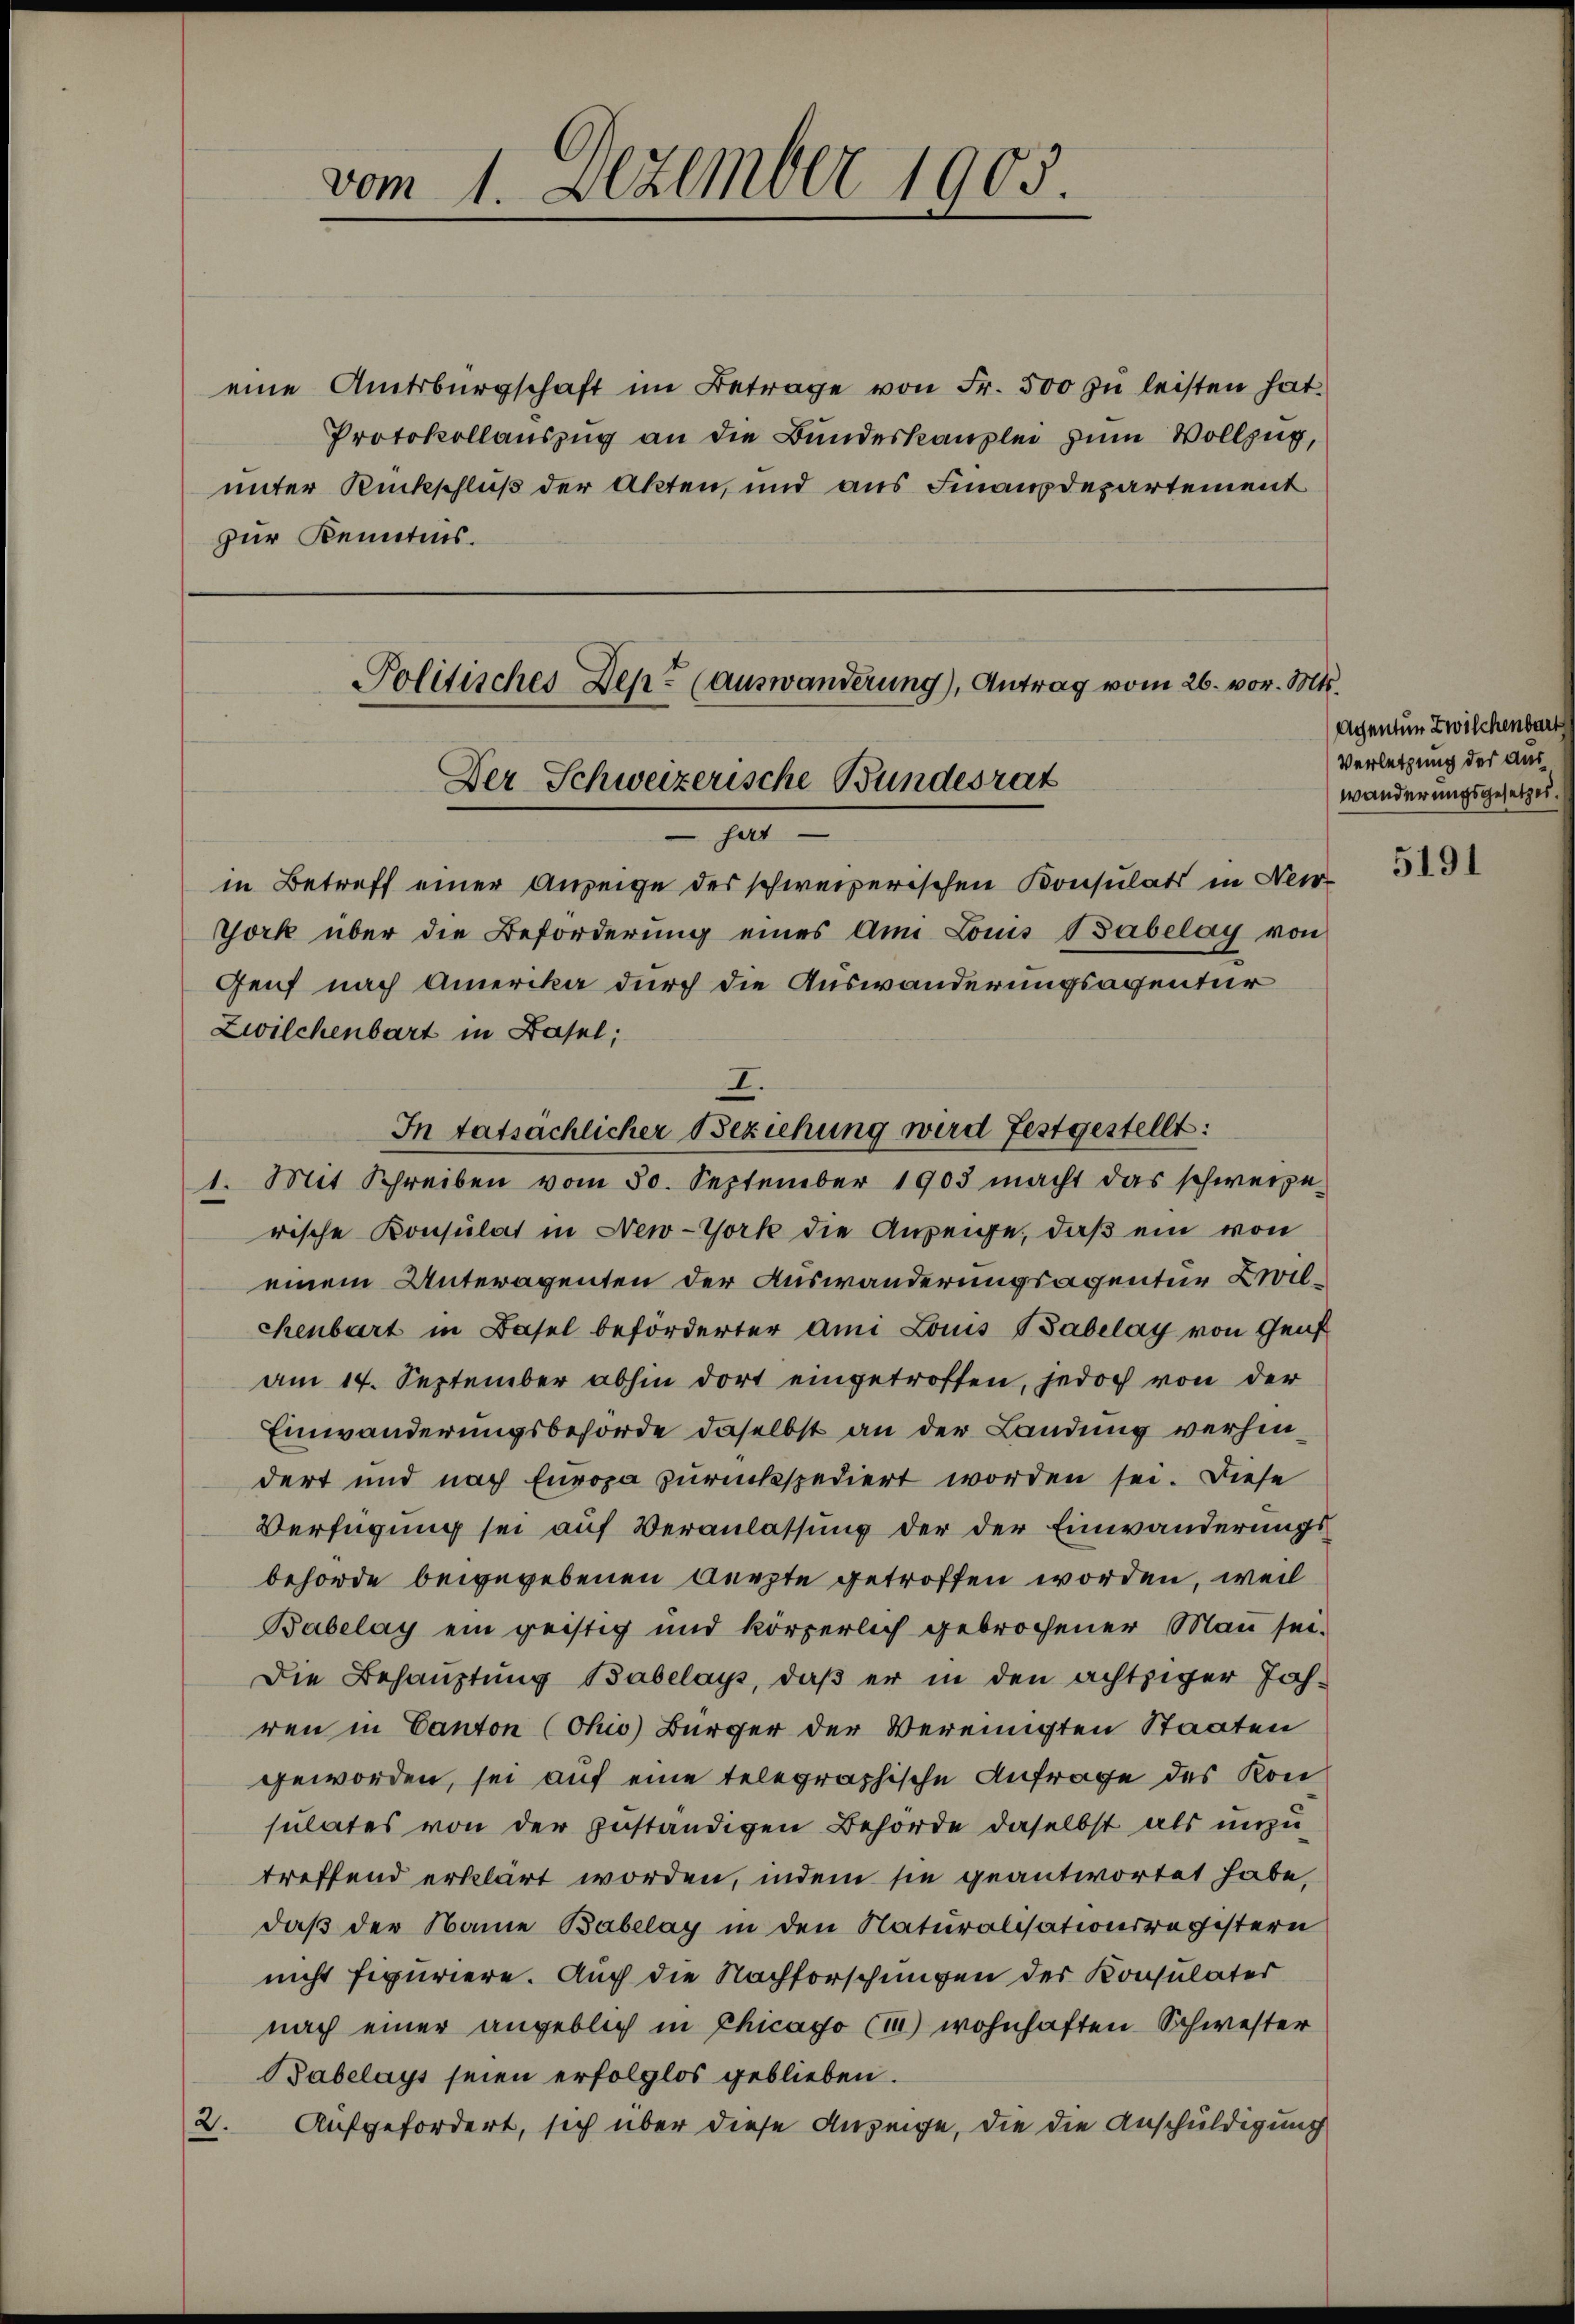
vom 1. Dezember 1903.

eine Amtsbürgschaft im Betrage von Fr. 500 zŭ leisten hat.
Protokollauszug an die Bundeskanzlei zum Vollzug,
unter Rückschluß der Akten, und aus Finanzdepartement
zur Kenntnis.

Politisches Dep. (auswanderung), Antrag vom 26. vor. Mts.
Der Schweizerische Bundesrat

I.
In tatsächlicher Beziehung wird festgestellt:

sart
in Betreff einer Anzeige des schweizerischen Konsulats in New-
York über die Beförderung eines Am Louis Babelag von
Genf nach Amerika durch die Auswanderungsaventur
Zwilchenbart in Basel;
1. Mit Schreiben vom 30. September 1903 macht das schweize-
rische Konsulat in New-York die Anzeige, daß ein von
einem Unteragenten der Auswanderungsagentur Zwilchenbart in Basel beförderter ami Louis Babelay von Genf
am 14. September abhin dort eingetroffen, jedoch von der
Einwanderungsbehörde daselbst an der Landung verhindert und nach Europa zurückspediert worden sei. Diese
Verfügung sei auf Veranlassung der der Einwanderungsbehörde beigegebenen Aerzte getroffen worden, weil
Bubelay ein geistig und körperlich gebrochener Man sei.
Die Behauptung Babelays, daß er in den ächtziger Jah-
ren in Canton (Chio) Bürger der vereinigten Staaten
geworden, sei auf eine telegraphische Anfrage des Konsulates von der geständigen Behörde daselbst als unzutreffend erklärt worden, indem sie geantwortet habe,
daß der Name Babelay in den Naturalisationsregistern
nicht fipuriere. Auch die Nachforschungen der Konsulater
nach einer angeblich in Chicago (m) wohnhaften Schwester
Babelays seien erfolglos geblieben.
2.
Aufgefordert, sich über diese Anzeige, die die Anschuldigung

Agenten Zwischenbart
Verletzung der auswänderungsgesetzes.

5191